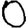
Digit: 0